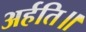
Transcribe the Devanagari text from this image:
अर्हति॥